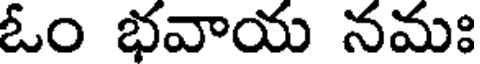
ఓం భవాయ నమః